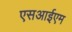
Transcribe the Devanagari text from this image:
एसआईएम